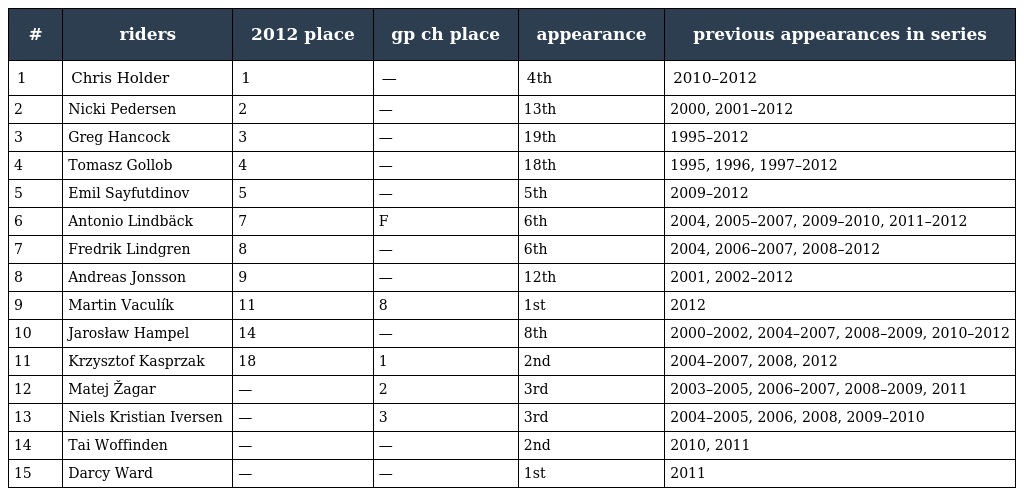
| # | riders | 2012 place | gp ch place | appearance | previous appearances in series |
 | --- | --- | --- | --- | --- | --- |
 | 1 | Chris Holder | 1 | — | 4th | 2010–2012 |
 | 2 | Nicki Pedersen | 2 | — | 13th | 2000, 2001–2012 |
 | 3 | Greg Hancock | 3 | — | 19th | 1995–2012 |
 | 4 | Tomasz Gollob | 4 | — | 18th | 1995, 1996, 1997–2012 |
 | 5 | Emil Sayfutdinov | 5 | — | 5th | 2009–2012 |
 | 6 | Antonio Lindbäck | 7 | F | 6th | 2004, 2005–2007, 2009–2010, 2011–2012 |
 | 7 | Fredrik Lindgren | 8 | — | 6th | 2004, 2006–2007, 2008–2012 |
 | 8 | Andreas Jonsson | 9 | — | 12th | 2001, 2002–2012 |
 | 9 | Martin Vaculík | 11 | 8 | 1st | 2012 |
 | 10 | Jarosław Hampel | 14 | — | 8th | 2000–2002, 2004–2007, 2008–2009, 2010–2012 |
 | 11 | Krzysztof Kasprzak | 18 | 1 | 2nd | 2004–2007, 2008, 2012 |
 | 12 | Matej Žagar | — | 2 | 3rd | 2003–2005, 2006–2007, 2008–2009, 2011 |
 | 13 | Niels Kristian Iversen | — | 3 | 3rd | 2004–2005, 2006, 2008, 2009–2010 |
 | 14 | Tai Woffinden | — | — | 2nd | 2010, 2011 |
 | 15 | Darcy Ward | — | — | 1st | 2011 |